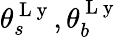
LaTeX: \theta_{s}^{\mathrm{~L~y~}},\theta_{b}^{\mathrm{~L~y~}}